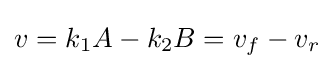
v=k_{1}A-k_{2}B=v_{f}-v_{r}